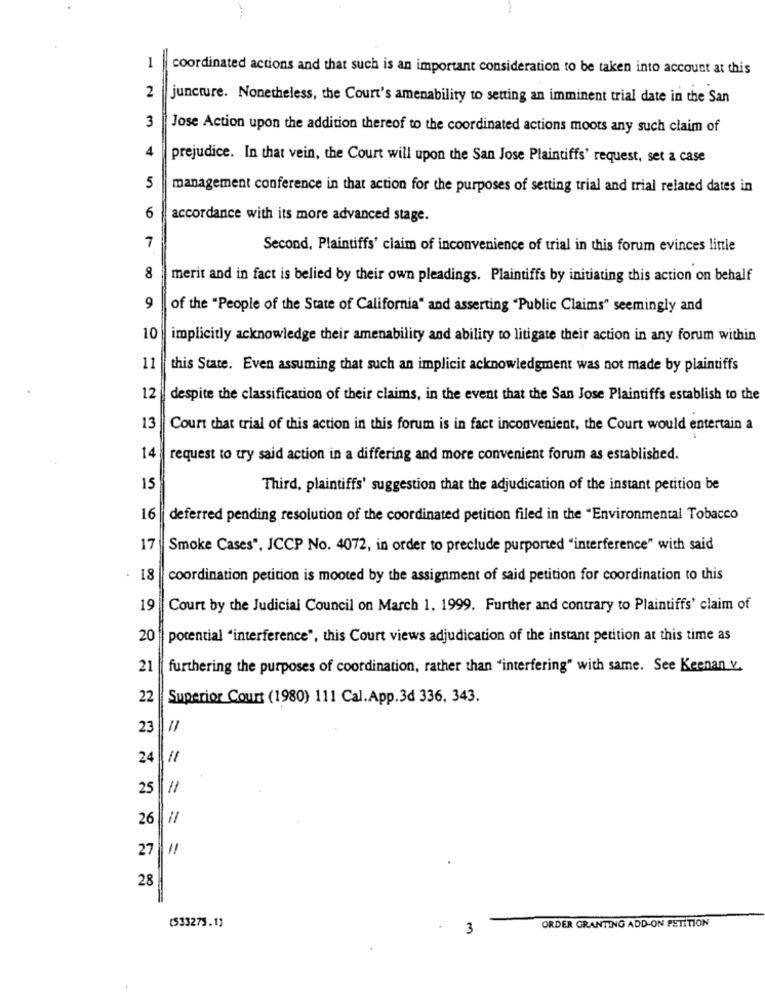
-
coordinated actions and that such is an important consideration to be taken into account at this
2
juncture. Nonetheless, the Court's amenability to setting an imminent trial date in the San
3
Jose Action upon the addition thereof to the coordinated actions moors any such claim of
prejudice. In that vein, the Court will upon the San Jose Plaintiffs' request, set a case
5
management conference in that action for the purposes of setting trial and trial related dates in
6
accordance with its more advanced stage.
7
Second, Plaintiffs' claim of inconvenience of trial in this forum evinces little
8
merit and in fact is belied by their own pleadings. Plaintiffs by initiating this action on behalf
9
of the "People of the State of California" and asserting "Public Claims" seemingly and
10
implicitly acknowledge their amenability and ability to litigate their action in any forum within
11
this State. Even assuming that such an implicit acknowledgment was not made by plaintiffs
12
despite the classification of their claims, in the event that the San Jose Plaintiffs establish to the
13
Court that trial of this action in this forum is in fact inconvenient, the Court would entertain a
14
request to try said action in a differing and more convenient forum as established.
15
Third, plaintiffs' suggestion that the adjudication of the instant petition be
16
deferred pending resolution of the coordinated petition filed in the "Environmental Tobacco
17
Smoke Cases", JCCP No. 4072, in order to preclude purported "interference" with said
. 18
coordination petition is mooted by the assignment of said petition for coordination to this
19
Court by the Judicial Council on March 1, 1999. Further and contrary to Plaintiffs' claim of
20
potential "interference", this Court views adjudication of the instant petition at this time as
21
furthering the purposes of coordination, rather than "interfering" with same. See Keenan v.
22
Superior Court (1980) 111 Cal.App.3d 336, 343.
23
24 || //
25
11
26
27 |1!
28
(533275.1]
3
ORDER GRANTING ADD-ON PETITION